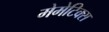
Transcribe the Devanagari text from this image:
मेमेटिक्स